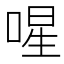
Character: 𭈻